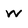
Character: w